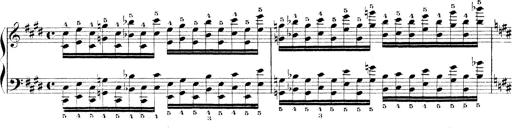
Title: Technische Studien
Composer: Franz Liszt